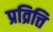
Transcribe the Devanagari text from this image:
प्रव्रित्ति